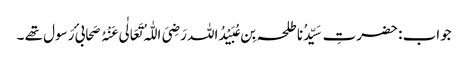
جواب : حضرتِ سَیِّدُنا طلحہ بِن عُبَیْدُاللہ رَضِیَ اللّٰہُ تَعَالٰی عَنْہُ صَحابیٔ رَسول تھے ۔